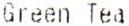
GREEN TEA